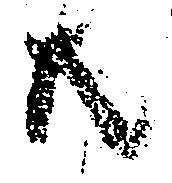
共